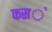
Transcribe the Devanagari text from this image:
कस॓